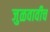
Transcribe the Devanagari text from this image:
जुळवावीच